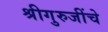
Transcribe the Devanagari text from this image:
श्रीगुरुजींचे